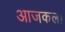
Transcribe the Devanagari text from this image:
आजकल।